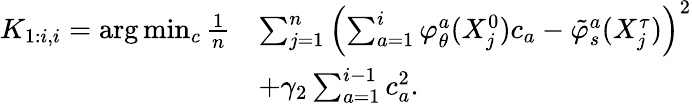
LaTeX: \begin{array}{rl}{K_{1:i,i}=\arg\operatorname*{min}_{c}\frac{1}{n}}&{\sum_{j=1}^{n}\left(\sum_{a=1}^{i}\varphi_{\theta}^{a}(X_{j}^{0})c_{a}-\tilde{\varphi}_{s}^{a}(X_{j}^{\tau})\right)^{2}}\\ &{+\gamma_{2}\sum_{a=1}^{i-1}c_{a}^{2}.}\end{array}